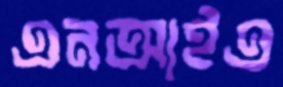
এনআইএ